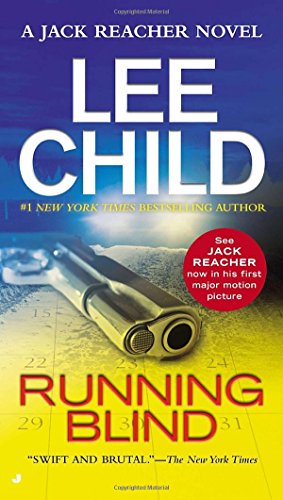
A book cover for Running Blind: A Jack Reacher Novel; Lee Child; Mystery, Thriller & Suspense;